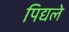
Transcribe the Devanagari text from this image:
पिद्यले